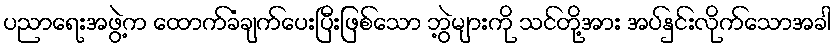
ပညာရေးအဖွဲ့က ထောက်ခံချက်ပေးပြီးဖြစ်သော ဘွဲ့များကို သင်တို့အား အပ်နှင်းလိုက်သောအခါ